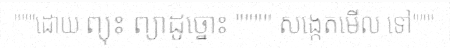
"""ដោយ ព្យុះ ព្យាដូច្នោះ """" សង្កេតមើល ទៅ"""